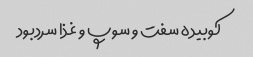
کوبیده سفت و سوپ و غذا سردبود